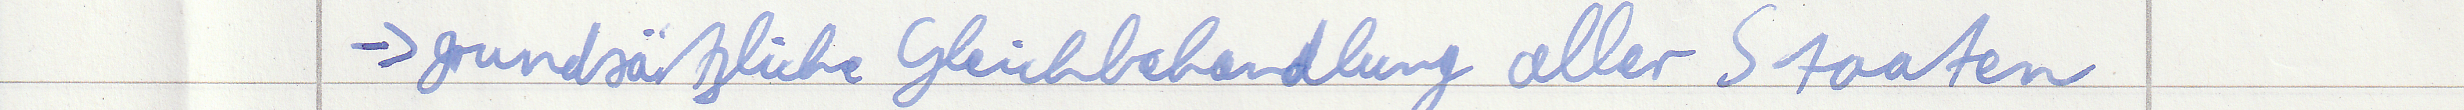
=> grundsätzliche Gleichbehandlung aller Staaten